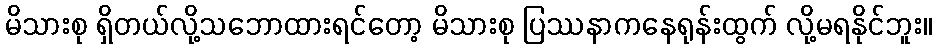
မိသားစု ရှိတယ်လို့သဘောထားရင်တော့ မိသားစု ပြဿနာကနေရုန်းထွက် လို့မရနိုင်ဘူး။